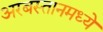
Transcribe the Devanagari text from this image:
अरबस्तानमध्ये